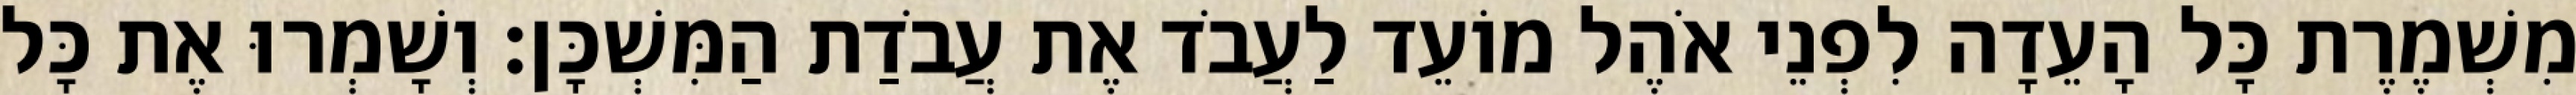
מִשְׁמֶרֶת כָּל הָעֵדָה לִפְנֵי אֹהֶל מוֹעֵד לַעֲבֹד אֶת עֲבֹדַת הַמִּשְׁכָּן׃ וְשָׁמְרוּ אֶת כָּל